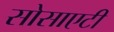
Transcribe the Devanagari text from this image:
सोसाएटी